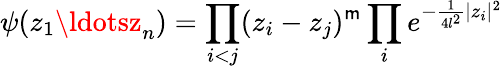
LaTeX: \psi(z_{1}\ldotsz_{n})=\prod_{i<j}(z_{i}-z_{j})^{\mathsf{m}}\prod_{i}e^{-\frac{{1}}{{4l^{2}}}|z_{i}|^{2}}